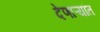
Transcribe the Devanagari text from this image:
देणाऱ्यांत